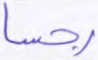
رجسا